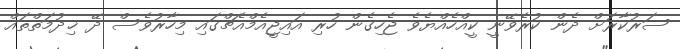
ސަރުކާރަށް ދެން ކުރެވޭނީ ކީއްހެއްޔެވެ ޖެހިގެން ހުރި އައިޖީއެމްއެޗްގައި މިހާރުވެސް ދޭ ޚިދުމަތްތައް